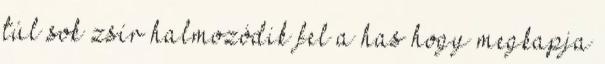
túl sok zsír halmozódik fel a has hogy megkapja